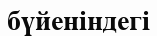
бүйеніндегі